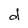
Character: d